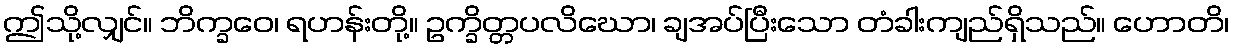
ဤသို့လျှင်။ ဘိက္ခဝေ၊ ရဟန်းတို့။ ဥက္ခိတ္တပလိဃော၊ ချအပ်ပြီးသော တံခါးကျည်ရှိသည်။ ဟောတိ၊